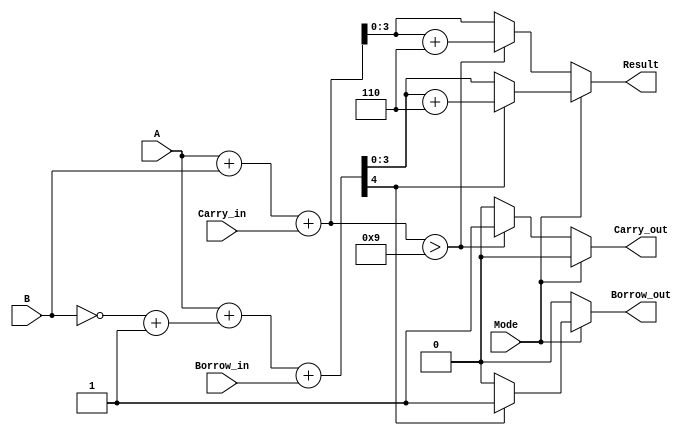
module BCD_Add_Subtracter (
    input [3:0] A,            // First BCD digit
    input [3:0] B,            // Second BCD digit
    input Mode,               // Control signal (0: Add, 1: Subtract)
    input Carry_in,           // Carry input for addition
    input Borrow_in,          // Borrow input for subtraction
    output reg [3:0] Result,  // Result BCD digit
    output reg Carry_out,      // Carry output for addition
    output reg Borrow_out      // Borrow output for subtraction
);

    wire [4:0] Sum;           // 5-bit sum to capture carry
    wire [4:0] Sub;           // 5-bit subtraction result
    wire [3:0] B_comp;        // Two's complement of B for subtraction

    // Two's complement of B for subtraction
    assign B_comp = ~B + 4'b0001;

    // Perform addition
    assign Sum = A + B + Carry_in;

    // Perform subtraction (A + (~B + 1))
    assign Sub = A + B_comp + Borrow_in;

    always @(*) begin
        // Addition operation
        if (Mode == 1'b0) begin
            if (Sum > 4'b1001) begin
                Result = Sum + 4'b0110; // BCD correction
                Carry_out = 1'b1;        // Set carry out
            end else begin
                Result = Sum[3:0];       // Valid BCD result
                Carry_out = 1'b0;        // No carry out
            end
            Borrow_out = 1'b0;          // No borrow in addition
        end else begin
            // Subtraction operation
            if (Sub[4] == 1'b1) begin
                // Negative result; need to adjust
                Result = Sub + 4'b0110; // BCD correction for negative result
                Borrow_out = 1'b1;       // Set borrow out
            end else begin
                Result = Sub[3:0];       // Valid BCD result
                Borrow_out = 1'b0;       // No borrow out
            end
            Carry_out = 1'b0;          // No carry in subtraction
        end
    end

endmodule